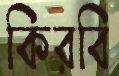
কিরবি